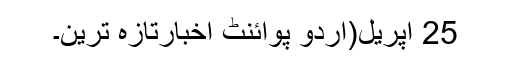
25 اپریل(اُردو پوائنٹ اخبارتازہ ترین۔